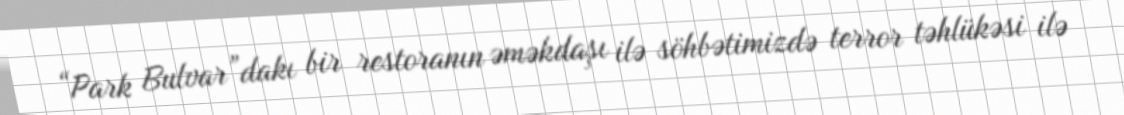
“Park Bulvar”dakı bir restoranın əməkdaşı ilə söhbətimizdə terror təhlükəsi ilə